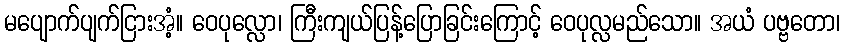
မပျောက်ပျက်ငြားအံ့။ ဝေပုလ္လော၊ ကြီးကျယ်ပြန့်ပြောခြင်းကြောင့် ဝေပုလ္လမည်သော။ အယံ ပဗ္ဗတော၊